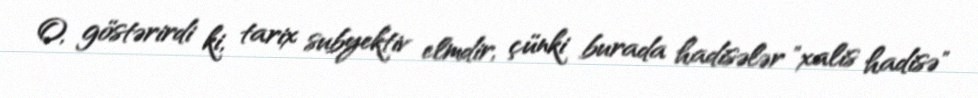
O, göstərirdi ki, tarix subyektiv elmdir, çünki burada hadisələr "xalis hadisə"